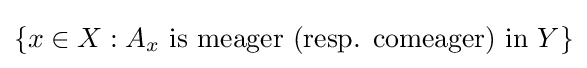
\{x\in X:A_{x}{\text{ is meager (resp. comeager) in }}Y\}